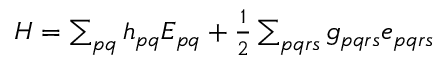
\begin{array} { r } { H = \sum _ { p q } h _ { p q } E _ { p q } + \frac { 1 } { 2 } \sum _ { p q r s } g _ { p q r s } e _ { p q r s } } \end{array}